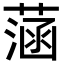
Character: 𦶷